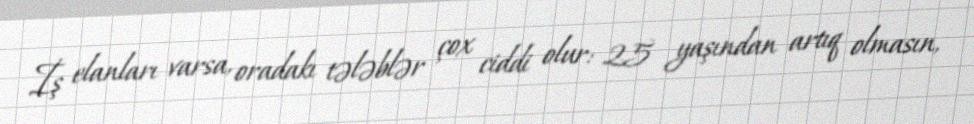
İş elanları varsa, oradakı tələblər çox ciddi olur: 25 yaşından artıq olmasın,